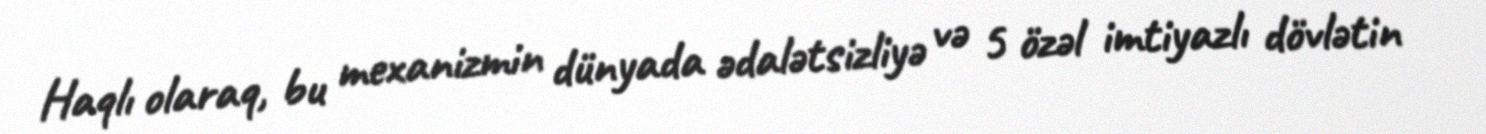
Haqlı olaraq, bu mexanizmin dünyada ədalətsizliyə və 5 özəl imtiyazlı dövlətin